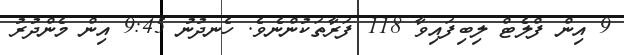
9 އިން ފްލެޓް ލިބިފައިވާ 118 ފަރާތަކުންނެވެ. ހެނދުނު 9:45 އިން މެންދުރު